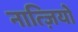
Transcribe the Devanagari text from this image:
नात्ज़ियों